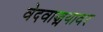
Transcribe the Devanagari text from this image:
वेदवाङ्मयावर